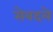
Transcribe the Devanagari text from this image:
सेबदले